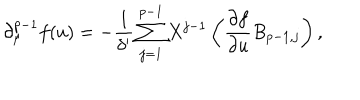
\partial _ { \mu } ^ { p - 1 } f ( u ) = - \frac { 1 } { \delta ^ { \prime } } \sum _ { j = 1 } ^ { p - 1 } X ^ { j - 1 } \left( \frac { \partial f } { \partial u } B _ { p - 1 , j } \right) ,